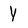
Character: Y